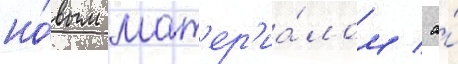
но́вым мат'ер'иа́лом / а́